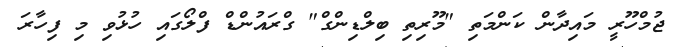
ޖުމްހޫރީ މައިދާން ކަންމަތި "މޫރިތި ބިލްޑިންގް" ގްރައުންޑް ފްލޯގައި ހުޅުވި މި ފިހާރަ